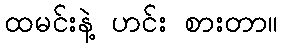
ထမင်းနဲ့ ဟင်း စားတာ။